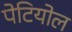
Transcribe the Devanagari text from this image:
पेटियोल